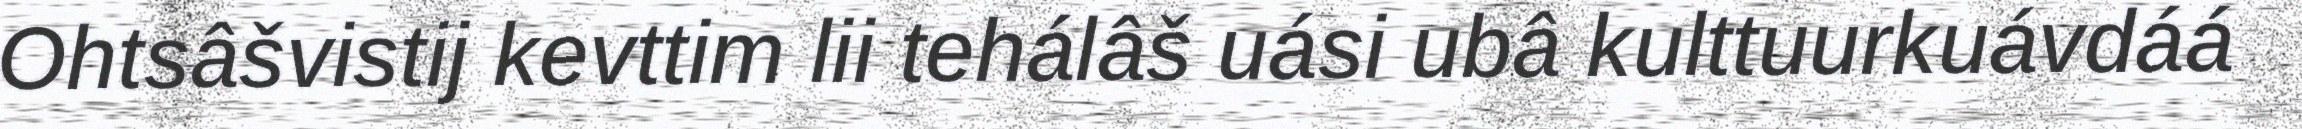
Ohtsâšvistij kevttim lii tehálâš uási ubâ kulttuurkuávdáá